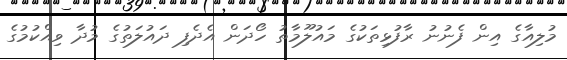
މުލިއާގެ އިން ފެނުނު ރާފުޅިތަކުގެ މައުލޫމާތު ހޯދަން އެދެފި ދައުލަތުގެ މުދާ ވިއްކުމުގެ